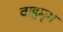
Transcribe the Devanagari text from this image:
वाहमृग